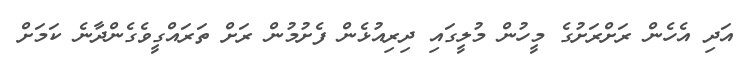
އަދި އެހެން ރަށްރަށުގެ މީހުން މުލީގައި ދިރިއުޅެން ފެށުމުން ރަށް ތަރައްގީވެގެންދާނެ ކަމަށް